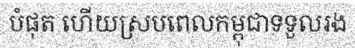
បំផុត ហើយស្របពេលកម្ពុជាទទួលរង